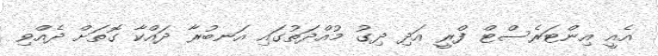
އެއީ އިންޓަރެސްޓް ފްރީ އަދި ދިގު މުއްދަތުގައި އަނބުރާ ދައްކާ ގޮތަށް ދެއްވި